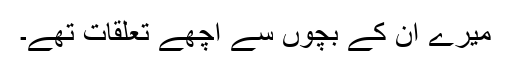
میرے ان کے بچوں سے اچھے تعلقات تھے۔